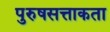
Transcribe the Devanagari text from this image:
पुरुषसत्ताकता